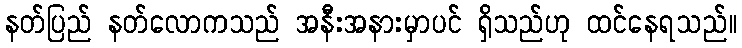
နတ်ပြည် နတ်လောကသည် အနီးအနားမှာပင် ရှိသည်ဟု ထင်နေရသည်။